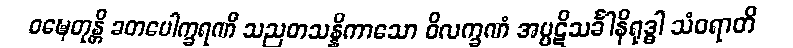
ဝဍ္ဎေတုန္တိ ခတပေါက္ခရဏီ သညတသန္နိကာသော ဝိလက္ခဏံ အပ္ပဋိသင်္ခါနိရုဒ္ဓါ သံဝရာတိ